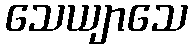
သေယျာသေ